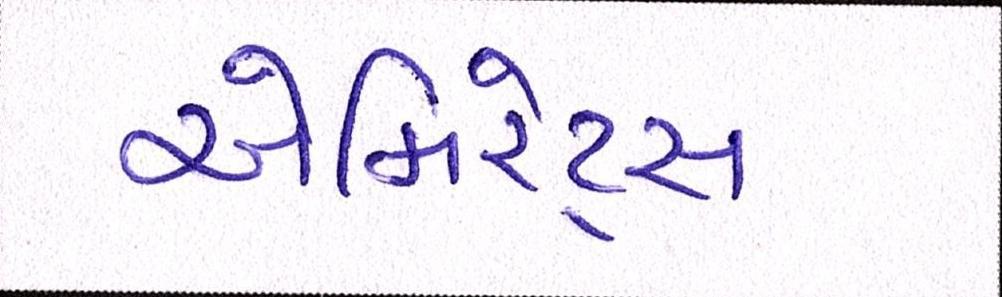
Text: એમિરેટ્સ